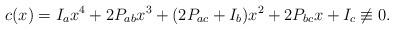
LaTeX: \begin{align*}c(x)=I_ax^4+2P_{ab}x^3+(2P_{ac}+I_b)x^2+2P_{bc}x+I_c\not\equiv 0.\end{align*}